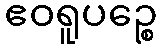
ဧဝရူပဉ္စေ